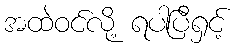
အထဲဝင်လို့ ရပါပြီရှင့်